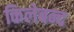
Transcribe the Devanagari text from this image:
किलेबन्द